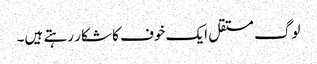
لوگ مستقل ایک خوف کا شکار رہتے ہیں۔